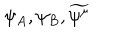
\psi _ { A } , \psi _ { B } , \widetilde { \psi ^ { \mu } }